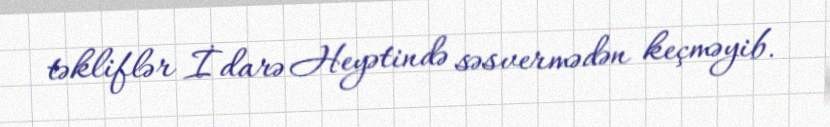
təkliflər İdarə Heyətində səsvermədən keçməyib.